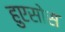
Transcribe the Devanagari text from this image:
हुएसोस